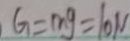
G = m g = 1 0 N